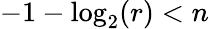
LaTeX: -1-\log_{2}(r)<n